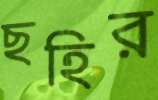
ছহির